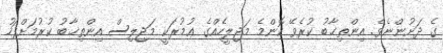
ގެ ދަށުންނެވެ. އިންތިޚާބު ކުރެވޭ ކޮންމެ މަޖިލީހެއްގެ ޢުމުރަކީ މަޖިލިސް އިންތިޚާބު ކުރުމަށްފަހު